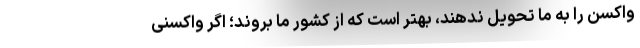
واکسن را به ما تحویل ندهند، بهتر است که از کشور ما بروند؛ اگر واکسنی